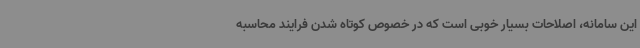
این سامانه، اصلاحات بسیار خوبی است که در خصوص کوتاه شدن فرایند محاسبه